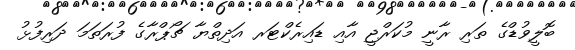
ބޮލީވުޑްގެ ތަރި ރާނީ މުކަރްޖީ އާއި ޑައިރެކްޓަރ އަދިތްޔާ ޗޯޕްރާގެ ފުރަތަމަ ދަރިފުޅު